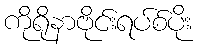
ကိုရိုနာဗိုင်းရပ်စ်ပိုး